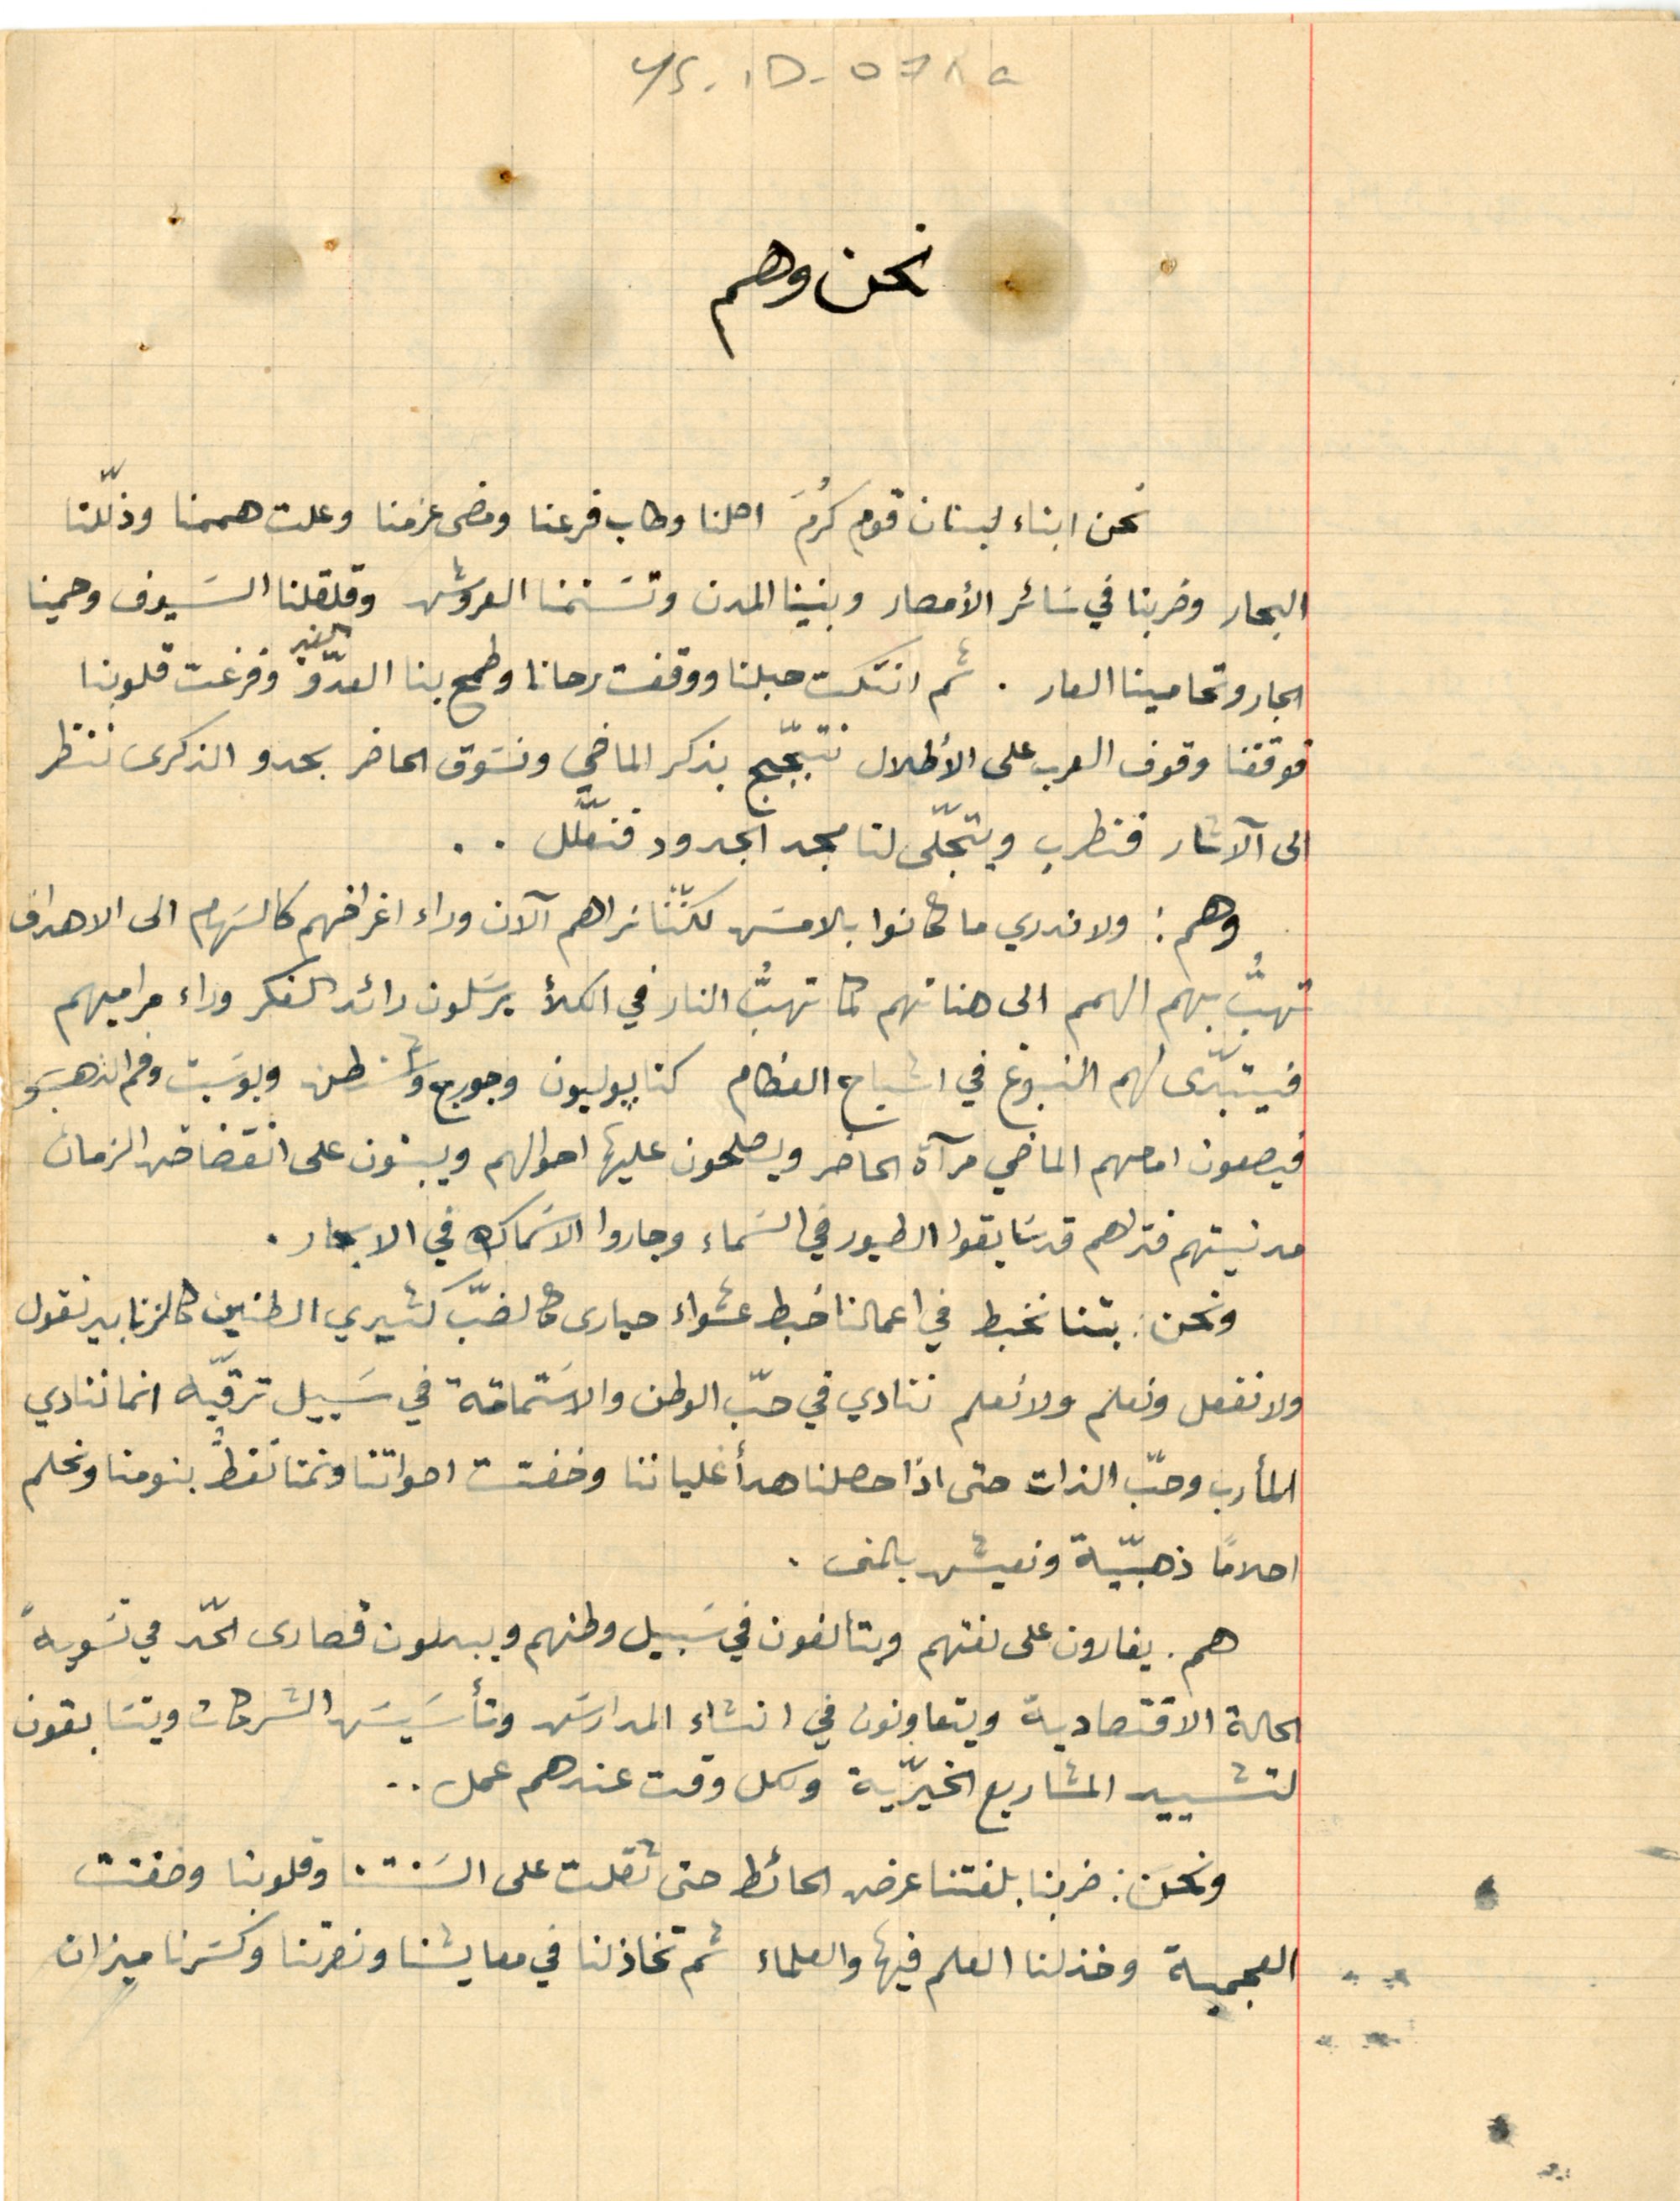
YS - 1D - 071a
نحن وهم
نحن ابناء لبنان قوم كُرمَ اهلنا وطاب فرعنا ومضى عزمنا وعلت هممنا وذلّلنا
البحار وضربنا في سَائر الأمصار وبنينا المدن وتسَنمنا العروش وقلقلنا السيوف وحمينا
الجار وتحامينا العار. ثم انتكست حبلنا ووقفت رحانا وطمع بنا العدو وفزعت قلوبنا
فوقفنا وقوف العرب على الأطلال نتبجّج بذكر الماضي ونسَوق الحاضر بحدو الذكرى ننظر
الى الآثار فنطرب ويتجلّى لنا مجد الجدود فنعّلل..
وهم: ولا ندري ما كانوا بالامسَ لكنّنا نراهم الآن وراء اغراضهم كالسَهام الى الاهداف
تهبُّ بهم الهمم الى هناتهم كما تهبُّ النار في الكلأ يرسَلون رائد الفكر وراء مراميهم
فيتبدّى لهم النبوغ في اشباح العظام كنابوليون وجورج واشنطن وبوسَبت وفم الدهب و
فيصعون امامهم الماضي مرآة الحاضر ويصلحون عليها احوالهم ويبنون على انقضاض الزمان
مدنيتهم فتراهم قد سَابقوا الطيور في السَماء وجاروا الاسَماك في الابحار.
ونحن بتنا نخبط في اعمالنا خبط عشواء حيارى كالضبّ كثيري الطنين كالزنابير نقول
ولا نفعل ونعلم ولا نعلم ننادي في حبّ الوطن والاسَتماتة في سَبيل ترقيه انما ننادي
المأرب وحبّ الذات حتى اذا حصلنا هدأ غلياننا وخفتت اصواتنا ونمنا نغطَ بنومنا ونحلم
احلاماً ذهبّية ونعيش بالمنى.
هم. يغارون على لغتهم ويتألفون في سَبيل وطنهم ويبلون قصارى الحّد في تسَوية
الحالة الاقتصادية ويتعاونون في انشاء المدارسَ وتأسَيسَ الشركات ويتسَابقون
لتشييد المشاريع الخيرّية ولكل وقت عندهم عمل ..
ونحن: ضربنا بلغتنا عرض الحائط حتى ثقلت على السَنتنا وقلوبنا وخفتت
العجمية وخذلنا العلم فيها والعلماء ثم تخاذلنا في معايشنا ونصرتنا وكسَرنا ميزان